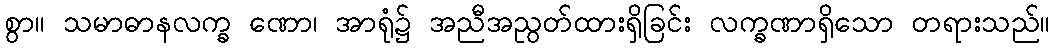
စွာ။ သမာဓာနလက္ခ ဏော၊ အာရုံ၌ အညီအညွတ်ထားရှိခြင်း လက္ခဏာရှိသော တရားသည်။